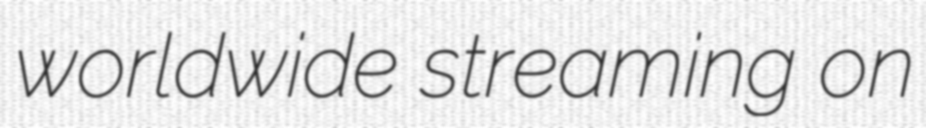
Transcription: worldwide streaming on